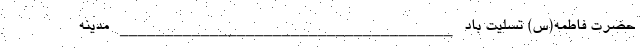
حضرت فاطمه(س) تسلیت باد _____________________________________ مدینه